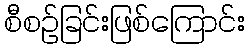
စီစဉ်ခြင်းဖြစ်ကြောင်း